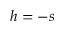
h = - s